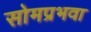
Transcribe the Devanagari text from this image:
सोमप्रभवा